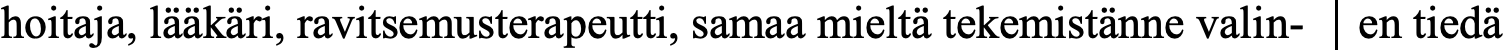
hoitaja, lääkäri, ravitsemusterapeutti, samaa mieltä tekemistänne valin- en tiedä